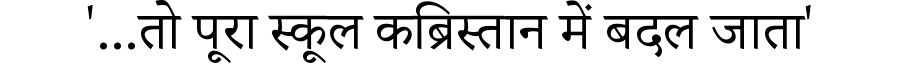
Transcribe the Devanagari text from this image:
'...तो पूरा स्कूल कब्रिस्तान में बदल जाता'